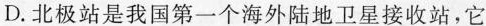
D.北极站是我国第一个海外陆地卫星接收站，它